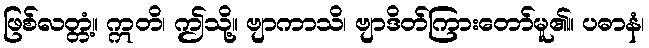
ဖြစ်လတ္တံ့။ ဣတိ၊ ဤသို့။ ဗျာကာသိ၊ ဗျာဒိတ်ကြားတော်မူ၏။ ပဓာနံ၊